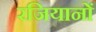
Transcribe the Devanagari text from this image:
रजियानों